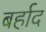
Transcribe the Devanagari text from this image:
बर्हाद